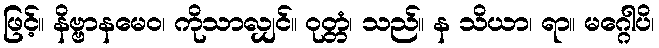
ဖြင့်။ နိဗ္ဗာနမေဝ၊ ကိုသာလျှင်။ ဝုတ္တံ၊ သည်။ န သိယာ၊ ရာ။ မဂ္ဂေါပိ၊